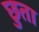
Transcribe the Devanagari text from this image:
छुता